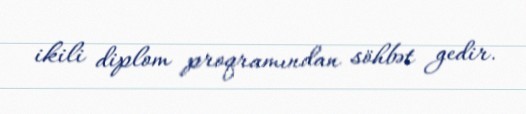
ikili diplom proqramından söhbət gedir.